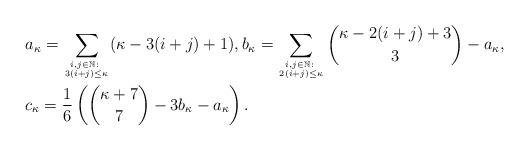
LaTeX: \begin{align*}&a_\kappa = \sum_{i,j\in \mathbb N\colon\atop{ 3(i+j)\leq \kappa}} (\kappa-3(i+j)+1),b_\kappa = \sum_{i,j\in \mathbb N\colon\atop{ 2(i+j)\leq \kappa}} \binom{\kappa-2(i+j)+3}{3} - a_\kappa,\\&c_\kappa = \frac16\left (\binom{\kappa+7}{7}-3b_\kappa - a_\kappa \right ).\end{align*}